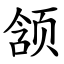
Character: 颔